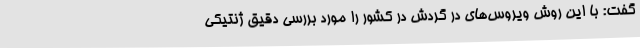
گفت: با این روش ویروس‌های در گردش در کشور را مورد بررسی دقیق ژنتیکی